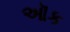
ઑક